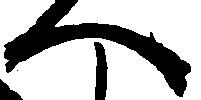
へ